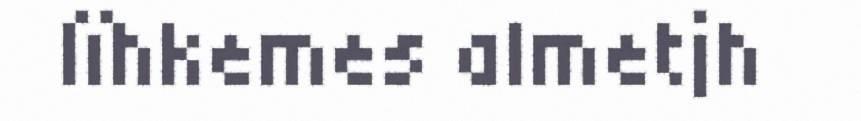
lïhkemes almetjh